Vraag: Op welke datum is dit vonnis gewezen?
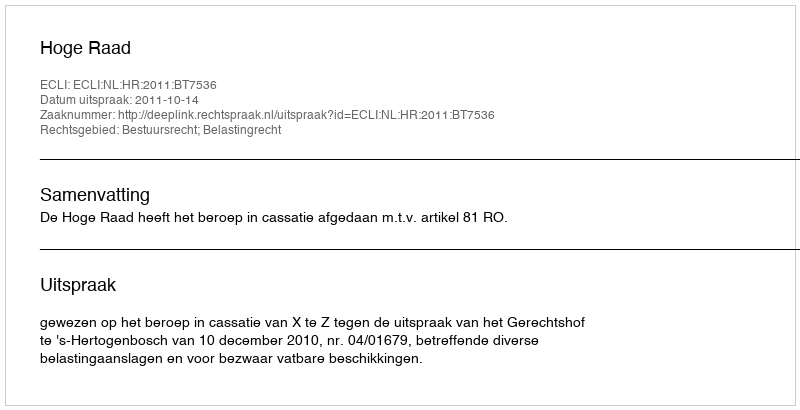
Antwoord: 2011-10-14